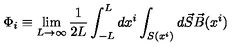
\Phi _ { i } \equiv \lim _ { L \rightarrow \infty } \frac { 1 } { 2 L } \int _ { - L } ^ { L } d x ^ { i } \int _ { S ( x ^ { i } ) } d \vec { S } \vec { B } ( x ^ { i } )